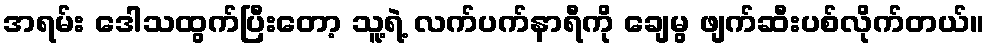
အရမ်း ဒေါသထွက်ပြီးတော့ သူ့ရဲ့ လက်ပက်နာရီကို ချေမွ ဖျက်ဆီးပစ်လိုက်တယ်။